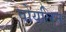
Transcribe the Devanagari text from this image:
वोयलिन